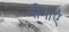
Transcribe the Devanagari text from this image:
बीमाएं